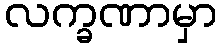
လက္ခဏာမှာ